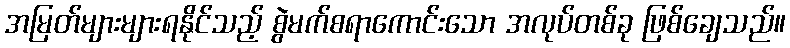
အမြတ်များများရနိုင်သည့် စွဲမက်စရာကောင်းသော အလုပ်တစ်ခု ဖြစ်ချေသည်။